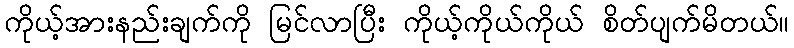
ကိုယ့်အားနည်းချက်ကို မြင်လာပြီး ကိုယ့်ကိုယ်ကိုယ် စိတ်ပျက်မိတယ်။